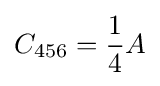
C_{456}={\frac {1}{4}}A